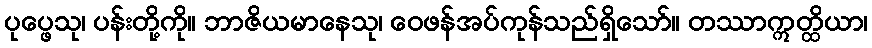
ပုပ္ဖေသု၊ ပန်းတို့ကို။ ဘာဇိယမာနေသု၊ ဝေဖန်အပ်ကုန်သည်ရှိသော်။ တဿာဣတ္ထိယာ၊